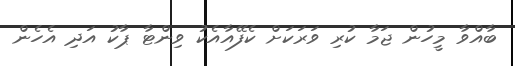
ބާއްވާ މީހުން ޖަމާ ކުރި ވަރަކަށް ކެފޭއާއެކު ވިންޓާ ޕާކު އަދި އެހެން